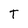
Character: T